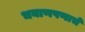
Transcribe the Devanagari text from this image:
भयाणपणाचे